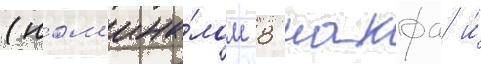
(ном'ина́лом 8 накфа и́